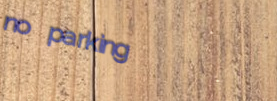
no parking